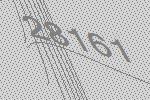
28161